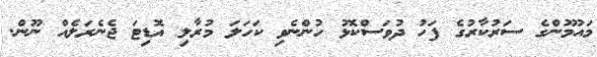
މައުމޫންގެ ސަރުކާރުގެ ފަހު ދުވަސްކޮޅު ހުންނެވި ކަހަލަ މުރާލި އޮޑިޓަ ޖެނެރަލެއް ނޫން.